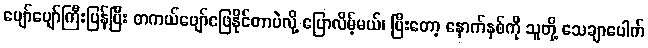
ပျော်ပျော်ကြီးပြန်ပြီး တကယ်ဖျော်ဖြေနိုင်တာပဲလို့ ပြောလိမ့်မယ်၊ ပြီးတော့ နောက်နှစ်ကို သူတို့ သေချာပေါက်